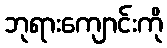
ဘုရားကျောင်းကို